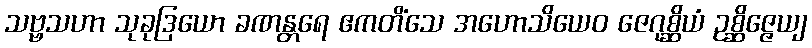
သဗ္ဗသဟာ သုခုဒြယော ခဏန္တရေ ဧကတိံသေ အဟောသိယေဝ ဇေဂုစ္ဆိယံ ဥစ္ဆိဇ္ဇေယျ